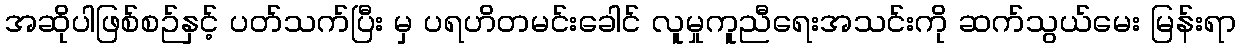
အဆိုပါဖြစ်စဉ်နှင့် ပတ်သက်ပြီး မှ ပရဟိတမင်းခေါင် လူမှုကူညီရေးအသင်းကို ဆက်သွယ်မေး မြန်းရာ